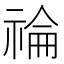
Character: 𥚗